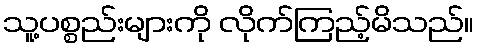
သူ့ပစ္စည်းများကို လိုက်ကြည့်မိသည်။